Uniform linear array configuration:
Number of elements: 48
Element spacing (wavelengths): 1
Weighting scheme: exponential
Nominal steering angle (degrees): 30
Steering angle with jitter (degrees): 28.707
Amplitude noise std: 0.05
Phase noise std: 0.05

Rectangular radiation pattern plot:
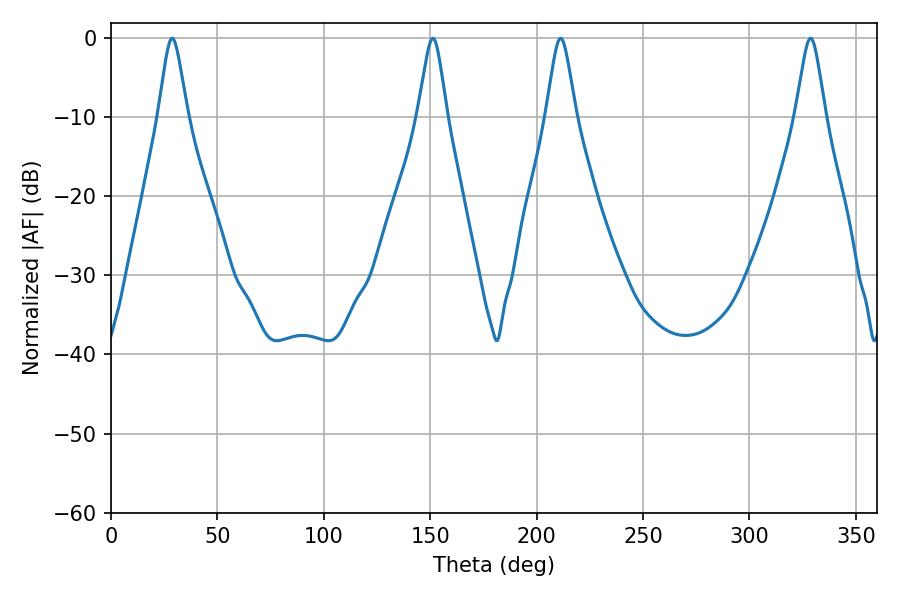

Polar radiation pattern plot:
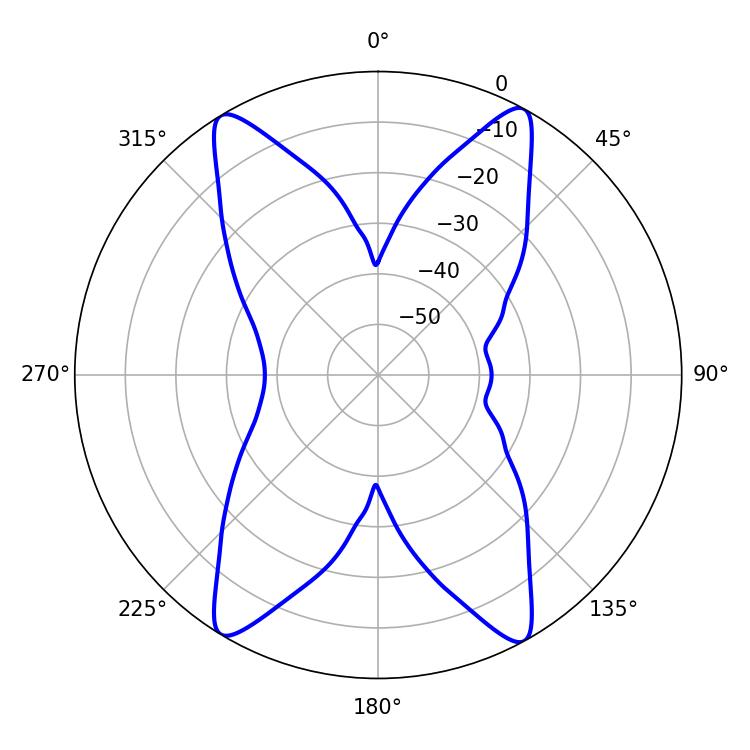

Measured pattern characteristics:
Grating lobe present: TRUE
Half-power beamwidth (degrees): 6.66
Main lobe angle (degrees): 211.32